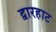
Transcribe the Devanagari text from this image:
द्वारहाट